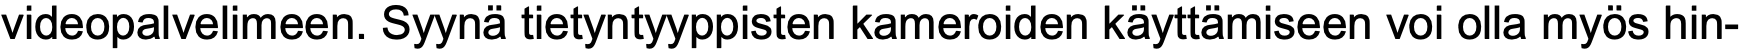
videopalvelimeen. Syynä tietyntyyppisten kameroiden käyttämiseen voi olla myös hin-